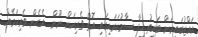
އައްޒުބައިރަށް ބައިތު ހިފާ ސާމުކަރައިގައި އޮތް ވެރިކަން ނޫން  އެހެން ވެރިކަމެއް